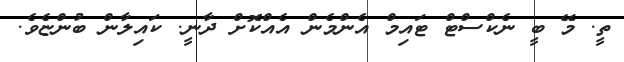
ތީ. މޭ ބީ ނެކްސްޓް ޓައިމް އެންމެން އެއްކޮށް ދާނީ. ކައިލާން ބުންޏެވެ.